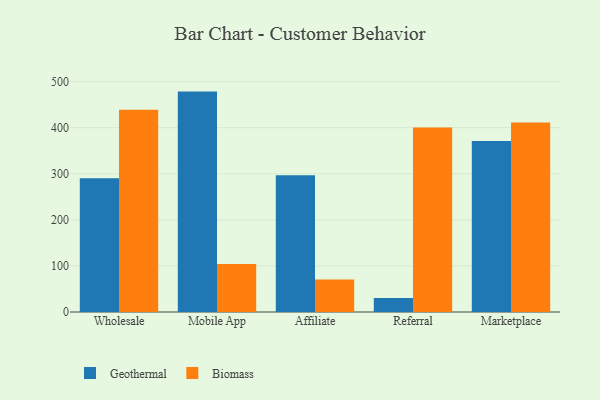
{"axis": {"x": "Channel", "y": "Shipments"}, "legend": ["Biomass", "Geothermal"], "data": [{"x": "Wholesale", "y": 290.0, "type": "Geothermal"}, {"x": "Wholesale", "y": 438.8, "type": "Biomass"}, {"x": "Mobile App", "y": 478.3, "type": "Geothermal"}, {"x": "Mobile App", "y": 104.1, "type": "Biomass"}, {"x": "Affiliate", "y": 296.5, "type": "Geothermal"}, {"x": "Affiliate", "y": 70.5, "type": "Biomass"}, {"x": "Referral", "y": 30.4, "type": "Geothermal"}, {"x": "Referral", "y": 400.2, "type": "Biomass"}, {"x": "Marketplace", "y": 371.0, "type": "Geothermal"}, {"x": "Marketplace", "y": 411.1, "type": "Biomass"}]}